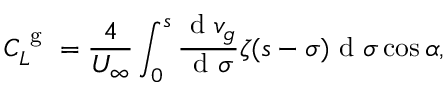
C _ { L } ^ { \mathrm { ~ g ~ } } = \frac { 4 } { U _ { \infty } } \int _ { 0 } ^ { s } \frac { \mathrm { ~ d ~ } v _ { g } } { \mathrm { ~ d ~ } \sigma } \zeta ( s - \sigma ) \mathrm { ~ d ~ } \sigma \cos \alpha ,